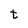
Character: t